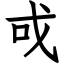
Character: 戓